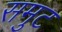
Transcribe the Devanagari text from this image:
समुट